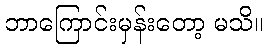
ဘာကြောင်းမှန်းတော့ မသိ။